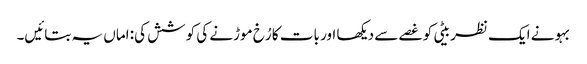
بہو نے ایک نظر بیٹی کو غصے سے دیکھا اور بات کا رُخ موڑنے کی کوشش کی: اماں یہ بتائیں۔